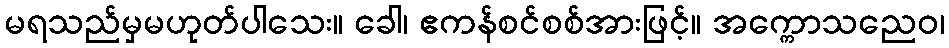
မရသည်မှမဟုတ်ပါသေး။ ခေါ၊ ဧကန်စင်စစ်အားဖြင့်။ အက္ကောသညေဝ၊